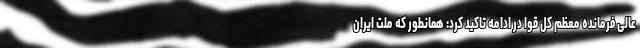
عالی فرمانده معظم کل قوا در ادامه تاکید کرد: همانطور که ملت ایران